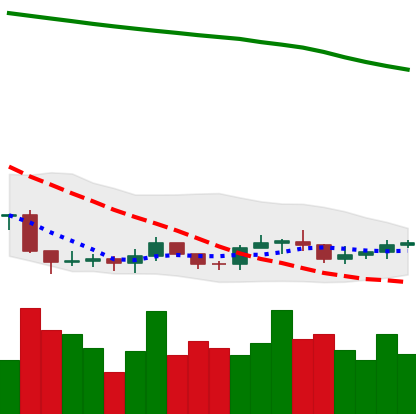
Ticker: ADA-USD
Chart end date: 2019-09-15
Forward return: 11.84%
Label: up_7plus